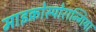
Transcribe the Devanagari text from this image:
माइक्रोस्पोरान्गिया